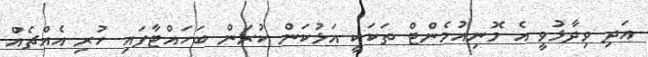
އަދި ވިދާޅުވީ އެ މޮނިއުމެންޓް ތަކަކީ އަޅުކަން ކުރަން ބަހައްޓާފައި ހުރި އެއްޗެއް